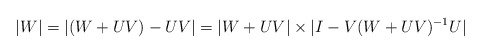
\begin{align*}|W|=|(W+UV)-UV|=|W+UV|\times|I-V(W+UV)^{-1}U|\end{align*}